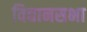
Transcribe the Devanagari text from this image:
विद्यानसभा